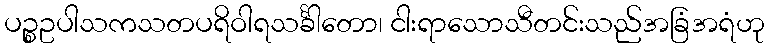
ပဉ္စဥပါသကသတပရိဝါရသင်္ခါတော၊ ငါးရာသောသီတင်းသည်အခြံအရံဟု